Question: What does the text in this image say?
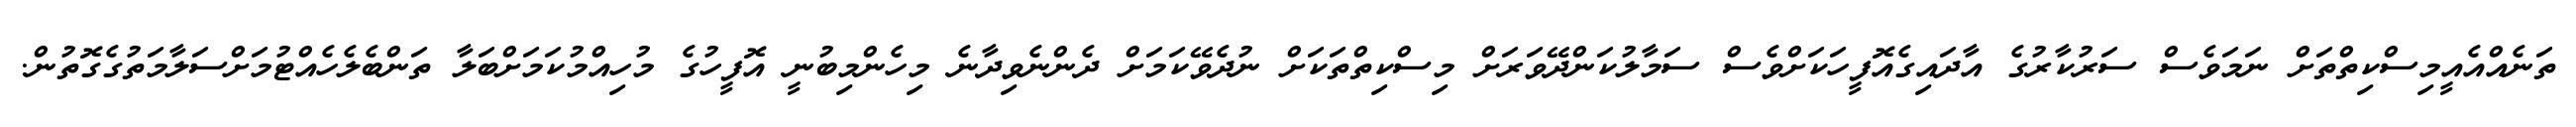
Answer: ތަނެއްއެއީމިސްކިތްތަށް ނަމަވެސް ސަރުކާރުގެ އާދައިގެއޮފީހަކަށްވެސް ސަމާލުކަންދޭވަރަށް މިސްކިތްތަކަށް ނުދެވޭކަމަށް ދެންނެވިދާނެ މިހެންމިބުނީ އޮފީހުގެ މުހިއްމުކަމަށްބަލާ ތަންބެލެހެއްޓުމަށްސަލާމަތުގެގޮތުން.